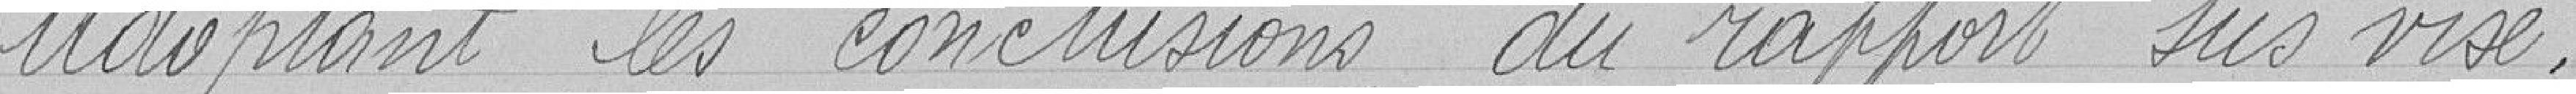
Adoptant les conclusions du rapport sus visé,